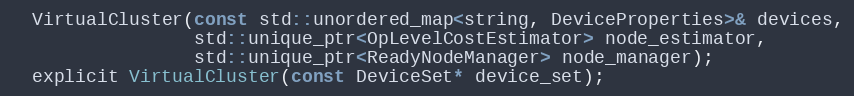
Language: C
  VirtualCluster(const std::unordered_map<string, DeviceProperties>& devices,
                 std::unique_ptr<OpLevelCostEstimator> node_estimator,
                 std::unique_ptr<ReadyNodeManager> node_manager);
  explicit VirtualCluster(const DeviceSet* device_set);